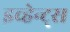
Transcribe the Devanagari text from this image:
इव्हेन्ट्‌स